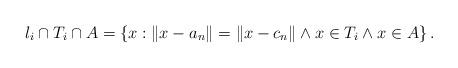
LaTeX: \begin{align*}l_{i}\cap T_{i}\cap A=\left\{ x:\|x-a_{n}\|=\|x-c_{n}\|\land x\in T_{i}\land x\in A\right\}.\end{align*}